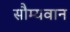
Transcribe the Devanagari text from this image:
सौम्यवान